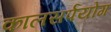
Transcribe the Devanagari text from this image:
कालसर्पयोग